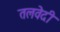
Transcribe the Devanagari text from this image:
तलवेदी